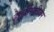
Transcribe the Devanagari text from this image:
हेलसिंकीवर